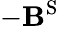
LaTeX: -\mathbf{B}^{\mathrm{S}}